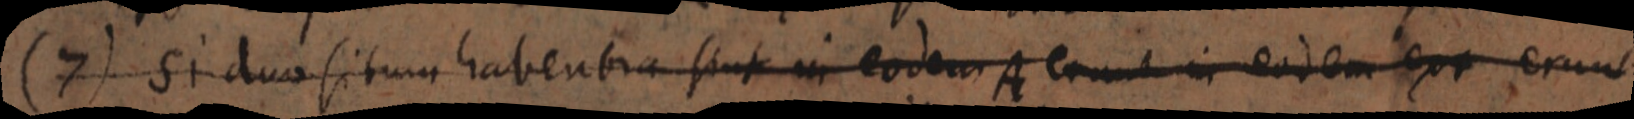
(7) Si duo situm habentia sint in eodem A erunt in eodem ext erunt